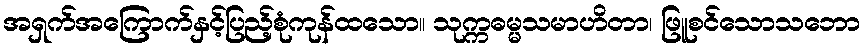
အရှက်အကြောက်နှင့်ပြည့်စုံကုန်ထသော။ သုက္ကဓမ္မသမာဟိတာ၊ ဖြူစင်သောသဘော